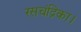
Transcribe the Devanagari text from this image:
रसचंद्रिका।